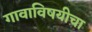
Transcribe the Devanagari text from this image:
गावाविषयीचा